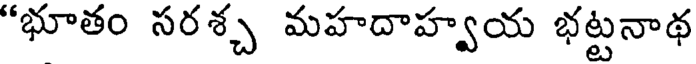
"భూతం సరశ్చ మహదాహ్వయ భట్టనాథ